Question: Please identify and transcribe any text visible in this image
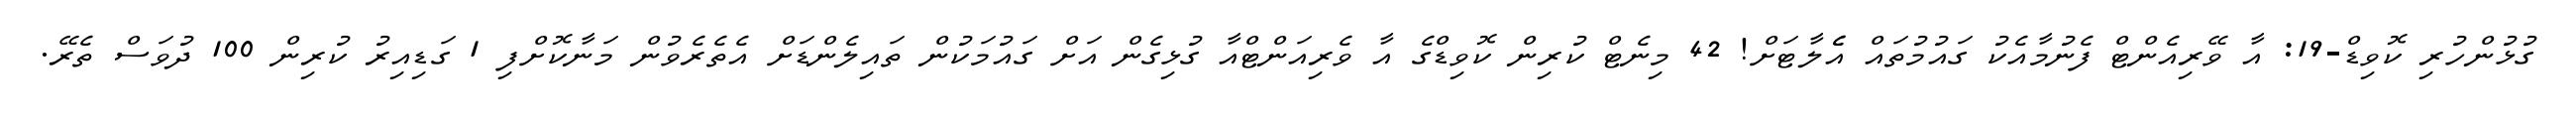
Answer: ގުޅުންހުރި ކޮވިޑް-19: އާ ވޭރިއެންޓް ފެނުމާއެކު ގައުމުތައް އެެލާޓަށް! 42 މިނެޓް ކުރިން ކޮވިޑްގެ އާ ވެރިއަންޓްއާ ގުޅިގެން އަށް ގައުމަކުން ތައިލެންޑަށް އެތެރެވުން މަނާކޮށްފި 1 ގަޑިއިރު ކުރިން 100 ދުވަސް ތެރޭ.